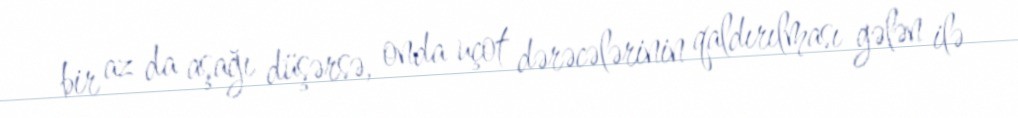
bir az da aşağı düşərsə, onda uçot dərəcələrinin qaldırılması gələn ilə